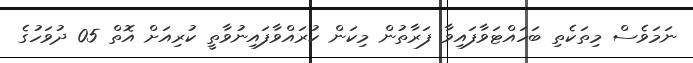
ނަމަވެސް މިތަކެތި ބަހައްޓަވާފައިވާ ފަރާތުން މިކަން ކުރައްވާފައިނުވާތީ ކުރިއަށް އޮތް 05 ދުވަހުގެ